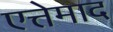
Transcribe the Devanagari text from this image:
एत्तेमाद